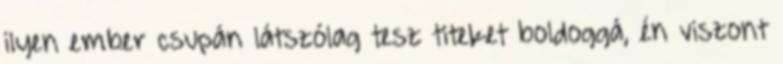
ilyen ember csupán látszólag tesz titeket boldoggá, én viszont